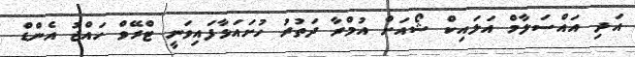
އަދި އައްސަލާމް އަލައިކް ޝޯއަށް އުމްރާ ދަތުރު ހުށައަޅާފައިވަނީ ޓްރޭވް ހައްޖު އެންޑް